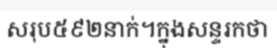
សរុប៥៩២នាក់។ក្នុងសន្ទរកថា